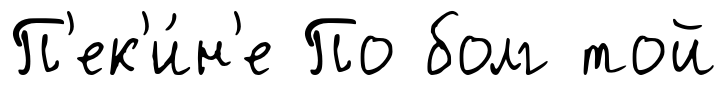
П'ек'и́н'е По болг той